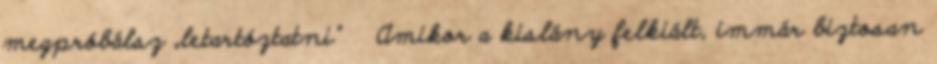
megpróbálsz „letartóztatni” Amikor a kislány felkiált, immár biztosan